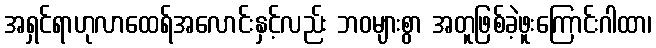
အရှင်ရာဟုလာထေရ်အလောင်းနှင့်လည်း ဘဝများစွာ အတူဖြစ်ခဲ့ဖူးကြောင်းဂါထာ၊